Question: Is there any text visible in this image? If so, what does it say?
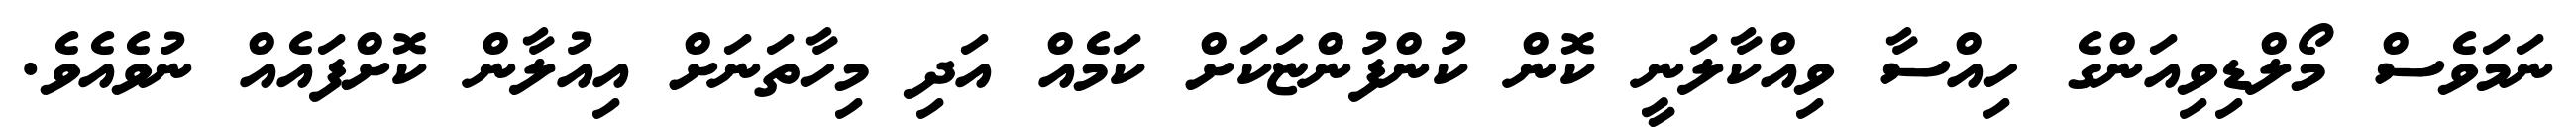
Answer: ނަމަވެސް މޯލްޑިވިއަންގެ ހިއްސާ ވިއްކާލަނީ ކޮން ކުންފުންޏަކަށް ކަމެއް އަދި މިހާތަނަށް އިއުލާން ކޮށްފައެއް ނުވެއެވެ.